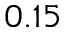
0 . 1 5